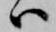
ハ